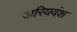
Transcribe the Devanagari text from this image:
अरियवंश